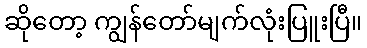
ဆိုတော့ ကျွန်တော်မျက်လုံးပြူးပြီ။